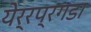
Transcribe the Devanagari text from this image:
येर्रप्रगडा